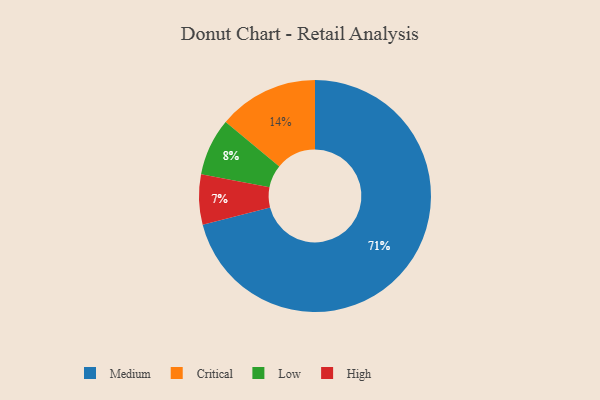
{"axis": {"x": "Category", "y": "Percentage"}, "legend": ["Critical", "High", "Low", "Medium"], "data": [{"x": "Critical", "y": 14, "type": "Critical"}, {"x": "Low", "y": 8, "type": "Low"}, {"x": "Medium", "y": 71, "type": "Medium"}, {"x": "High", "y": 7, "type": "High"}]}